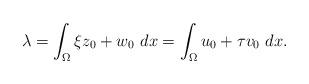
LaTeX: \begin{align*} \lambda=\int_\Omega \xi z_0+w_0 \ dx=\int_\Omega u_0+\tau v_0 \ dx. \end{align*}